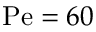
\mathrm { P e } = 6 0